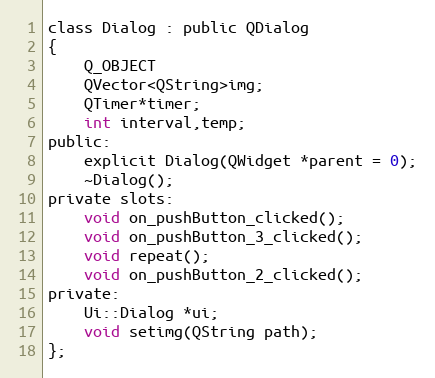
Language: C
class Dialog : public QDialog
{
    Q_OBJECT
    QVector<QString>img;
    QTimer*timer;
    int interval,temp;
public:
    explicit Dialog(QWidget *parent = 0);
    ~Dialog();
private slots:
    void on_pushButton_clicked();
    void on_pushButton_3_clicked();
    void repeat();
    void on_pushButton_2_clicked();
private:
    Ui::Dialog *ui;
    void setimg(QString path);
};